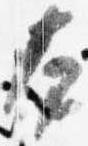
本